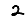
Digit: 2